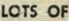
LOTS OF